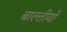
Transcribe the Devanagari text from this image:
बाल्तीयों